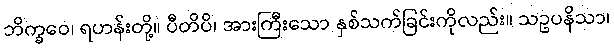
ဘိက္ခဝေ၊ ရဟန်းတို့။ ပီတိပိ၊ အားကြီးသော နှစ်သက်ခြင်းကိုလည်း။ သဥပနိသာ၊